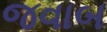
જવાબ